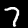
Label: 7